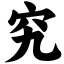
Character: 究